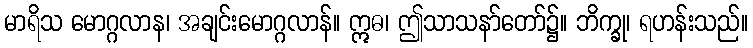
မာရိသ မောဂ္ဂလာန၊ အချင်းမောဂ္ဂလာန်။ ဣဓ၊ ဤသာသနာ်တော်၌။ ဘိက္ခု၊ ရဟန်းသည်။